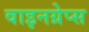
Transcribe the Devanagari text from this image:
वाइनग्रेप्स